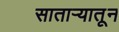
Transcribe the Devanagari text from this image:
सातार्‍यातून